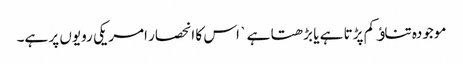
موجودہ تناﺅ کم پڑتا ہے یا بڑھتا ہے ` اس کا انحصار امریکی رویوں پر ہے۔